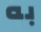
به